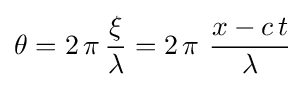
\theta =2\,\pi \,{\frac {\xi }{\lambda }}=2\,\pi \ {\frac {x-c\,t}{\lambda }}